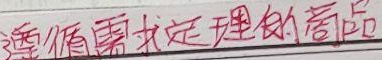
遵循需求定理的商品